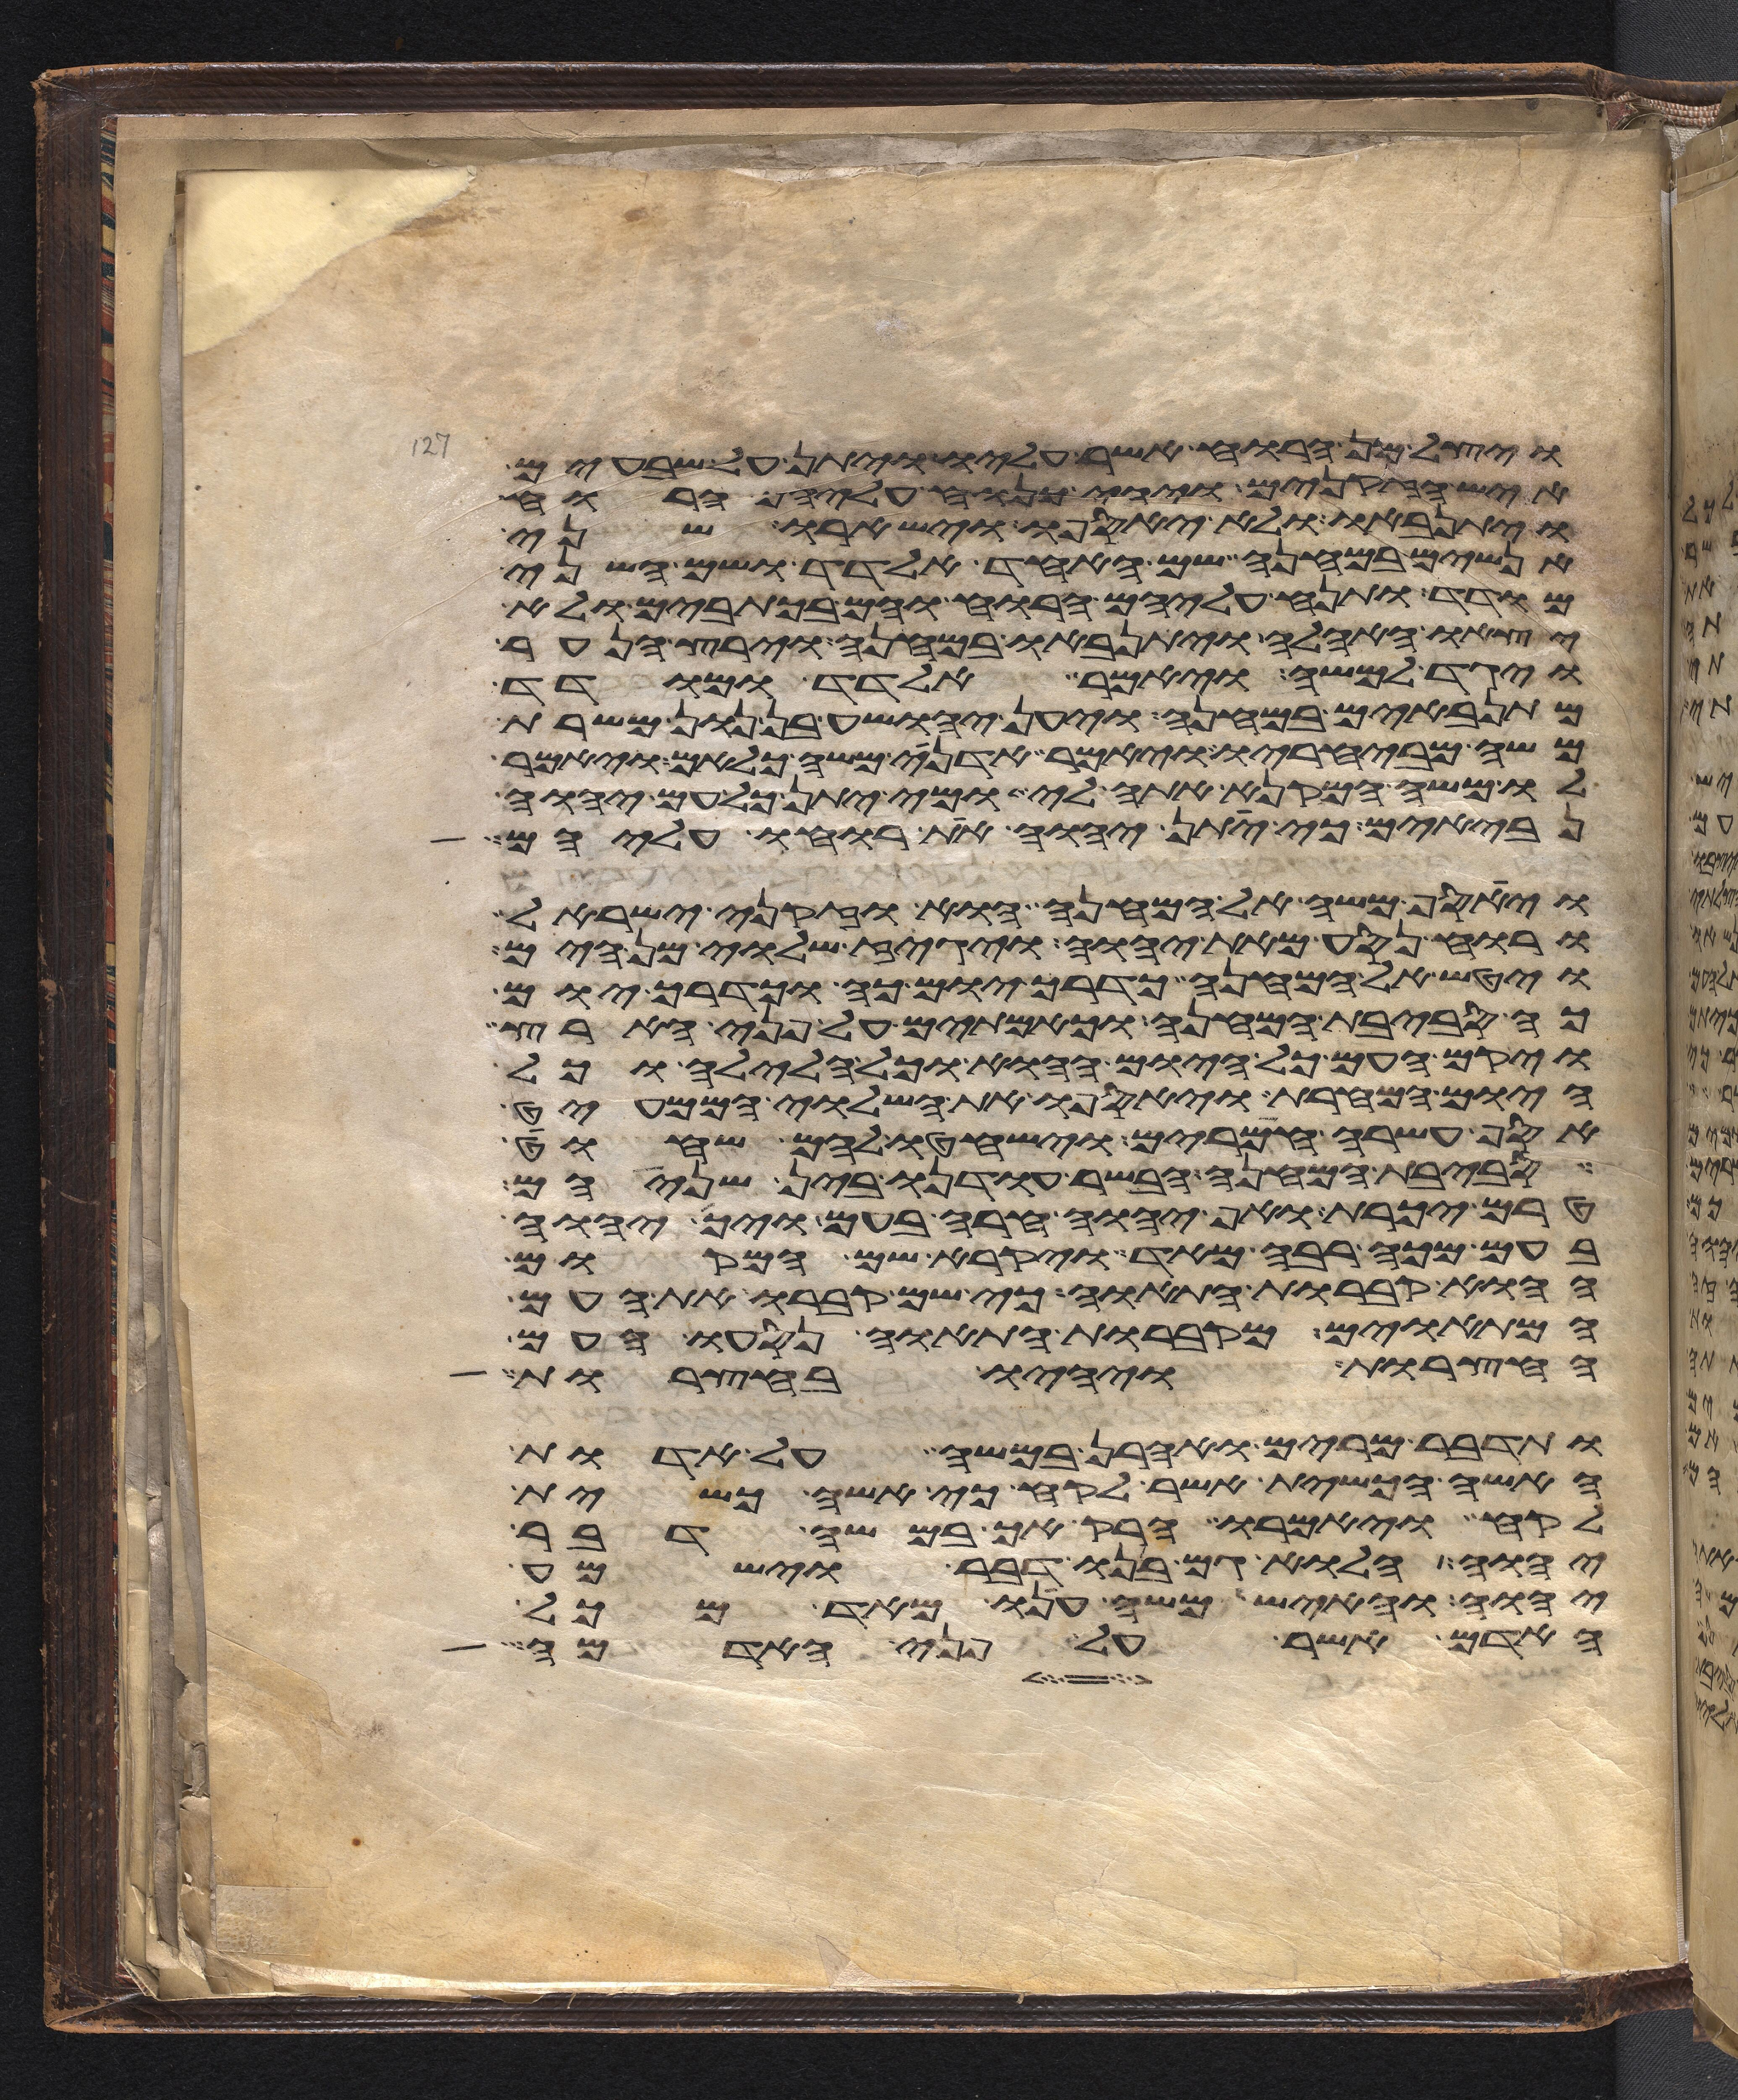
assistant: ויצל מן הרוח אשר עליו ויתן על שבעים
איש הזקנים ויהי כנוח עליהם הרוח
ויתנאבו ולא יאספו וישארו שני
אנשים במחנה שם האחד אלדד ושם השני
מודד ותנח עליהם הרוח והם בכתובים ולא
יצאו האהלה ויתנאבו במחנה וירץ הנער
ויגד למשה ויאמר אלדד ומודד
מתנאבים במחנה ויען יהושע בן נון משרת
משה מבחיריו ויאמר אדני משה כלאם ויאמר
לו משה המקנא אתה לי ומי יתן כל עם יהוה
נביאים כי יתן יהוה את רוחו עליהם
ויאסף משה אל המחנה הוא וזקני ישראל
ורוח נסע מאת יהוה ויגז שלוי מן הים
ויטש אל המחנה כדרך יום כה וכדרך יום
כה סביבת המחנה וכאמתים על פני הארץ
ויקם העם כל היום ההוא וכל הלילה וכל
היום המחרת ויאספו את השלוי הממעיט
אסף עשרה חמרים וישחטו להם שחוט
סביבת המחנה הבשר עודנו בין שניהם
טרם יכרת ואף יהוה חרה בעם ויך יהוה
בעם מכה רבה מאד ויקרא שם המקום
ההוא קברות התאוה כי שם קברו את העם
המתאוים מקברות התאוה נסעו העם
החצרות ויהיו בחצרות
ותדבר מרים ואהרן במשה על אדות
האשה הכשית אשר לקח כי אשה כשית
לקח ויאמרו הרק אך במשה דבר
יהוה הלוא גם בנו דבר וישמע
יהוה והאיש משה ענו מאד מכל
האדם אשר על פני האדמה